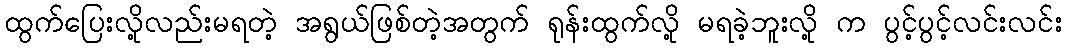
ထွက်ပြေးလို့လည်းမရတဲ့ အရွယ်ဖြစ်တဲ့အတွက် ရုန်းထွက်လို့ မရခဲ့ဘူးလို့ က ပွင့်ပွင့်လင်းလင်း